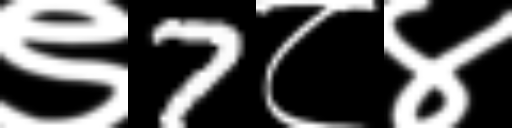
Text: ९7८४